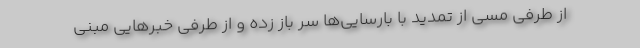
از طرفی مسی از تمدید با بارسایی‌ها سر باز زده و از طرفی خبرهایی مبنی